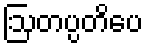
ဩတပ္ပတိပေ